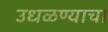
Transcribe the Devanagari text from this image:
उधळण्याचा